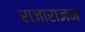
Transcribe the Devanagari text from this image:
राजाराजन